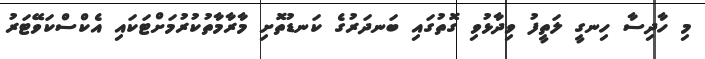
މި ހާދިސާ ހިނގީ ލަތީފު ވިދާޅުވި ގޮތުގައި ބަނދަރުގެ ކަނޑުތޮށި މާރާމާތުކުރުމަށްޓަކައި އެކްސްކަވޭޓަރު